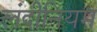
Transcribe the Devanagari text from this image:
लंदीनियम